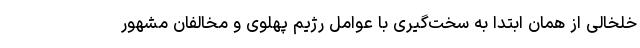
خلخالی از همان ابتدا به سخت‌گیری با عوامل رژیم پهلوی و مخالفان مشهور